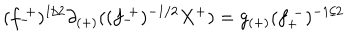
( f _ { - } ^ { ~ + } ) ^ { 1 / 2 } \partial _ { ( + ) } ( ( f _ { - } ^ { ~ + } ) ^ { - 1 / 2 } X ^ { + } ) = g _ { ( + ) } ( f _ { + } ^ { ~ - } ) ^ { - 1 / 2 }